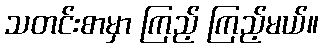
သတင်းစာမှာ ကြည့် ကြည့်မယ်။